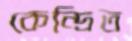
কেন্দ্রিত